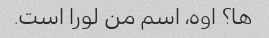
ها؟ اوه، اسم من لورا است.